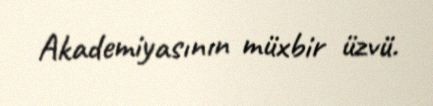
Akademiyasının müxbir üzvü.